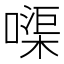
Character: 𠹱